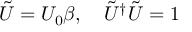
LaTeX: \tilde { U } = U _ { 0 } \beta , \quad \tilde { U } ^ { \dag } \tilde { U } = 1